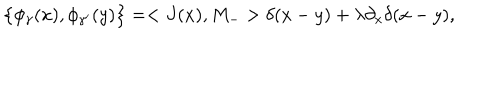
\left\{ \phi _ { \gamma } ( x ) , \phi _ { \gamma ^ { \prime } } ( y ) \right\} = < J ( x ) , M _ { - } > \delta ( x - y ) + \lambda \partial _ { x } \delta ( x - y ) ,